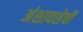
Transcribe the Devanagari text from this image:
अंशावशेषों